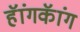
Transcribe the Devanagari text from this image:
हॅांगकॅांग